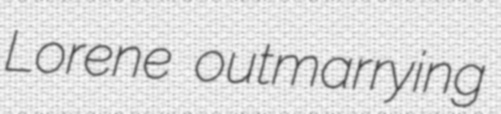
Lorene outmarrying